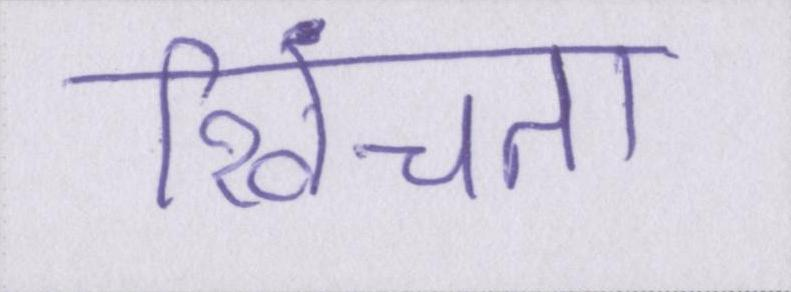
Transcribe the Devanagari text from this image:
खिंचता